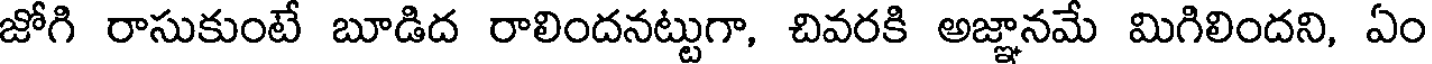
జోగి రాసుకుంటే బూడిద రాలిందనట్టుగా, చివరకి అజ్ఞానమే మిగిలిందని, ఏం